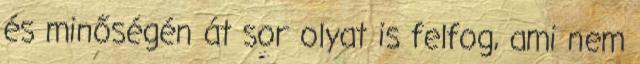
és minőségén át sor olyat is felfog, ami nem